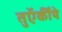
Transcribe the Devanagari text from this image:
तुऍर्कीये